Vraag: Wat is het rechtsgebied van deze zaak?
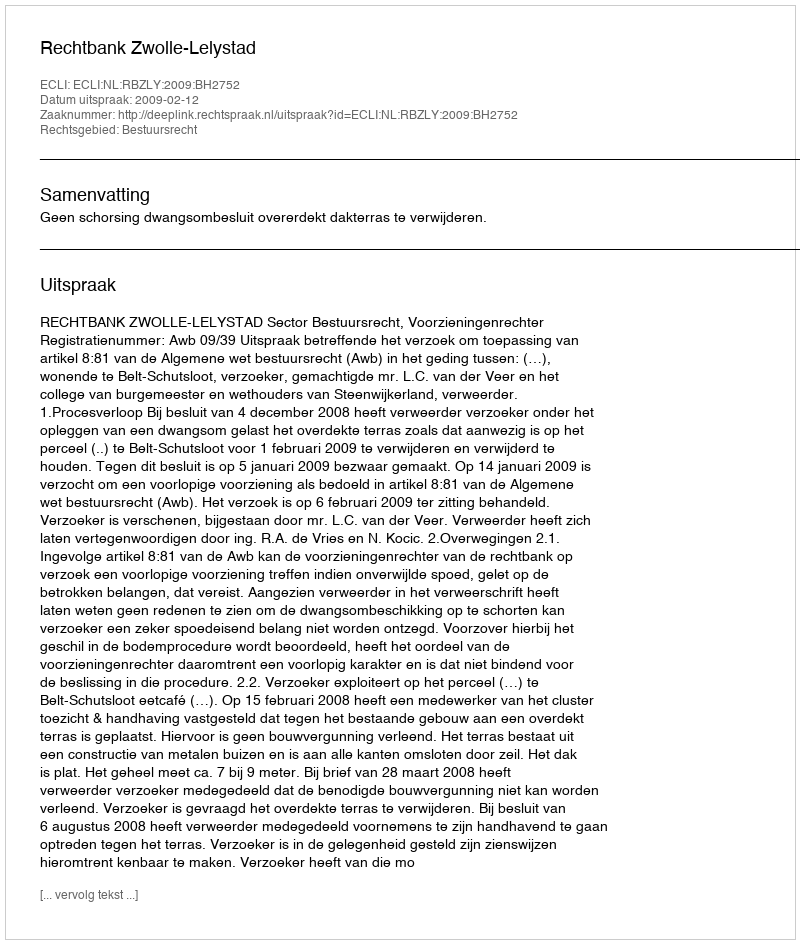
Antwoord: Bestuursrecht